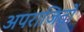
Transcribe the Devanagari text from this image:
अपराजितों